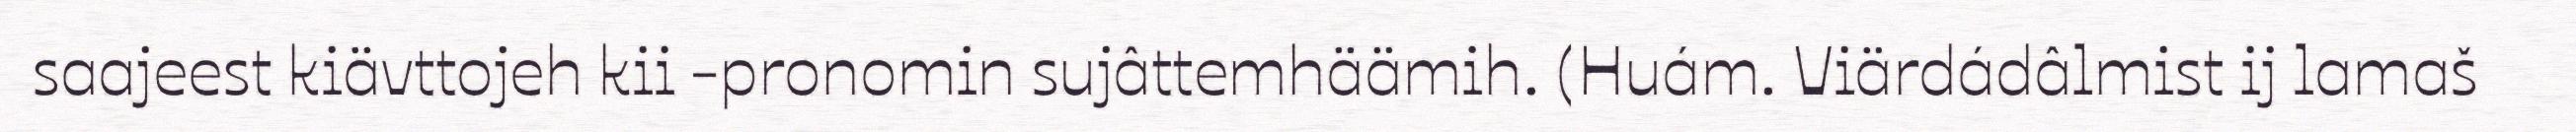
saajeest kiävttojeh kii -pronomin sujâttemhäämih. (Huám. Viärdádâlmist ij lamaš